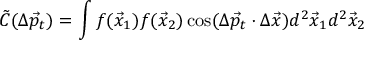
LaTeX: \tilde { C } ( \Delta \vec { p } _ { t } ) = \int f ( \vec { x } _ { 1 } ) f ( \vec { x } _ { 2 } ) \cos ( \Delta \vec { p } _ { t } \cdot \Delta \vec { x } ) d ^ { 2 } \vec { x } _ { 1 } d ^ { 2 } \vec { x } _ { 2 }